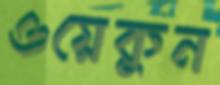
ওয়েকুন